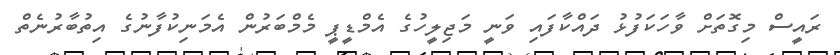
ރައީސް މިގޮތަށް ވާހަކަފުޅު ދައްކާފައި ވަނީ މަޖިލީހުގެ އެމްޑީޕީ މެމްބަރުން އެމަނިކުފާނުގެ އިތުބާރުނެތް